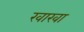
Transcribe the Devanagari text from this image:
खारवा